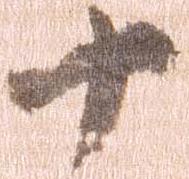
十